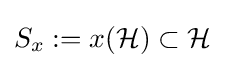
S_{x}:=x({\mathcal {H}})\subset {\mathcal {H}}